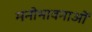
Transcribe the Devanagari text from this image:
मनोभावनाआें